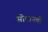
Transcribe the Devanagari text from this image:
सोपानची